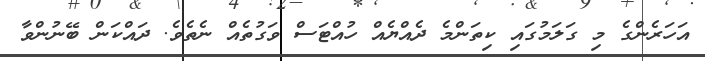
އަހަރެންގެ މި ގަލަމުގައި ކިތަންމެ ދެއްޔެއް ހުއްޓަސް ވަގުތެއް ނެތެވެ. ދައްކަން ބޭނުންވާ